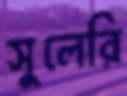
সুলেরি